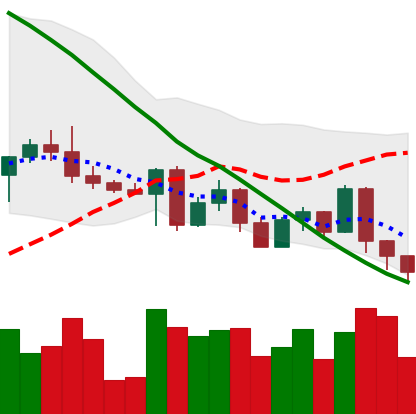
Ticker: ETH-USD
Chart end date: 2022-05-07
Forward return: -25.583%
Label: down_7plus